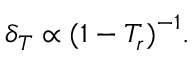
\delta _ { T } \propto { ( 1 - T _ { r } ) } ^ { - 1 } .